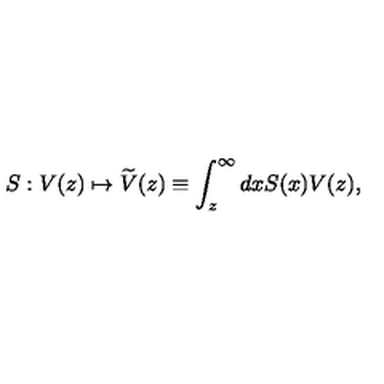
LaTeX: S : V ( z ) \mapsto \widetilde { V } ( z ) \equiv \int _ { z } ^ { \infty } d x S ( x ) V ( z ) ,